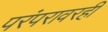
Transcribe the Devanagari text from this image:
परंपरावरही